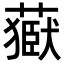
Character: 𦽕